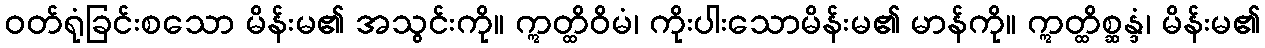
ဝတ်ရုံခြင်းစသော မိန်းမ၏ အသွင်းကို။ ဣတ္ထိဝိမံ၊ ကိုးပါးသောမိန်းမ၏ မာန်ကို။ ဣတ္ထိစ္ဆန္ဒံ၊ မိန်းမ၏